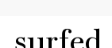
surfed